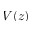
V ( z )